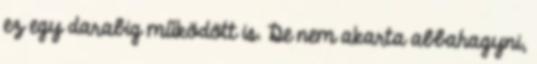
ez egy darabig működött is. De nem akarta abbahagyni,